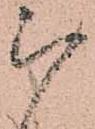
被